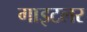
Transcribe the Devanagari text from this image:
गाइटलर